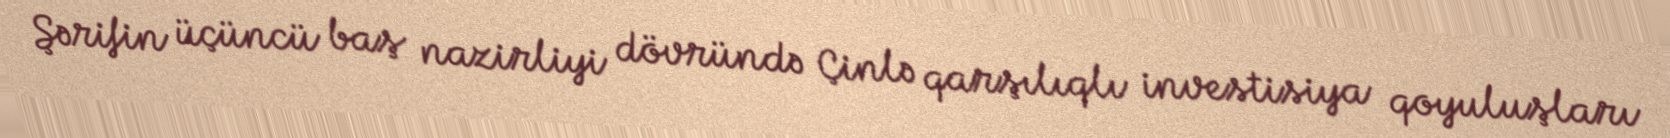
Şərifin üçüncü baş nazirliyi dövründə Çinlə qarşılıqlı investisiya qoyuluşları